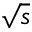
\sqrt { s }